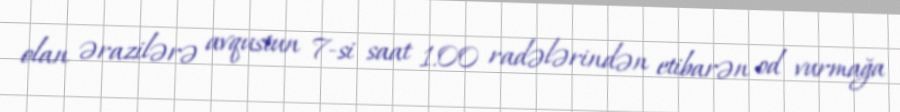
olan ərazilərə avqustun 7-si saat 1.00 radələrindən etibarən od vurmağa